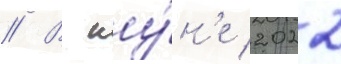
// В иу́н'е 2022